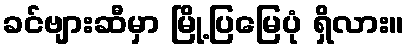
ခင်ဗျားဆီမှာ မြို့ပြမြေပုံ ရှိလား။